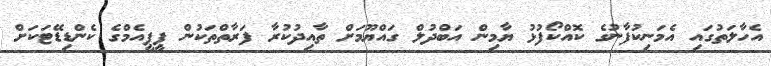
އެހާލަތުގައި އެމަނިކުފާނުގެ ކޮއްކޯފުޅު ޔާމިން އަބްދުލް ގައްޔޫމަށް ތާއިދުކުރާ ފަރާތްތަކުން ޕީޕީއެމްގެ ކެންޑިޑޭޓަކަށް